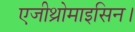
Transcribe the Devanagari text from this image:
एजीथ्रोमाइसिन।